Haapsalu_Metskond, lk 21
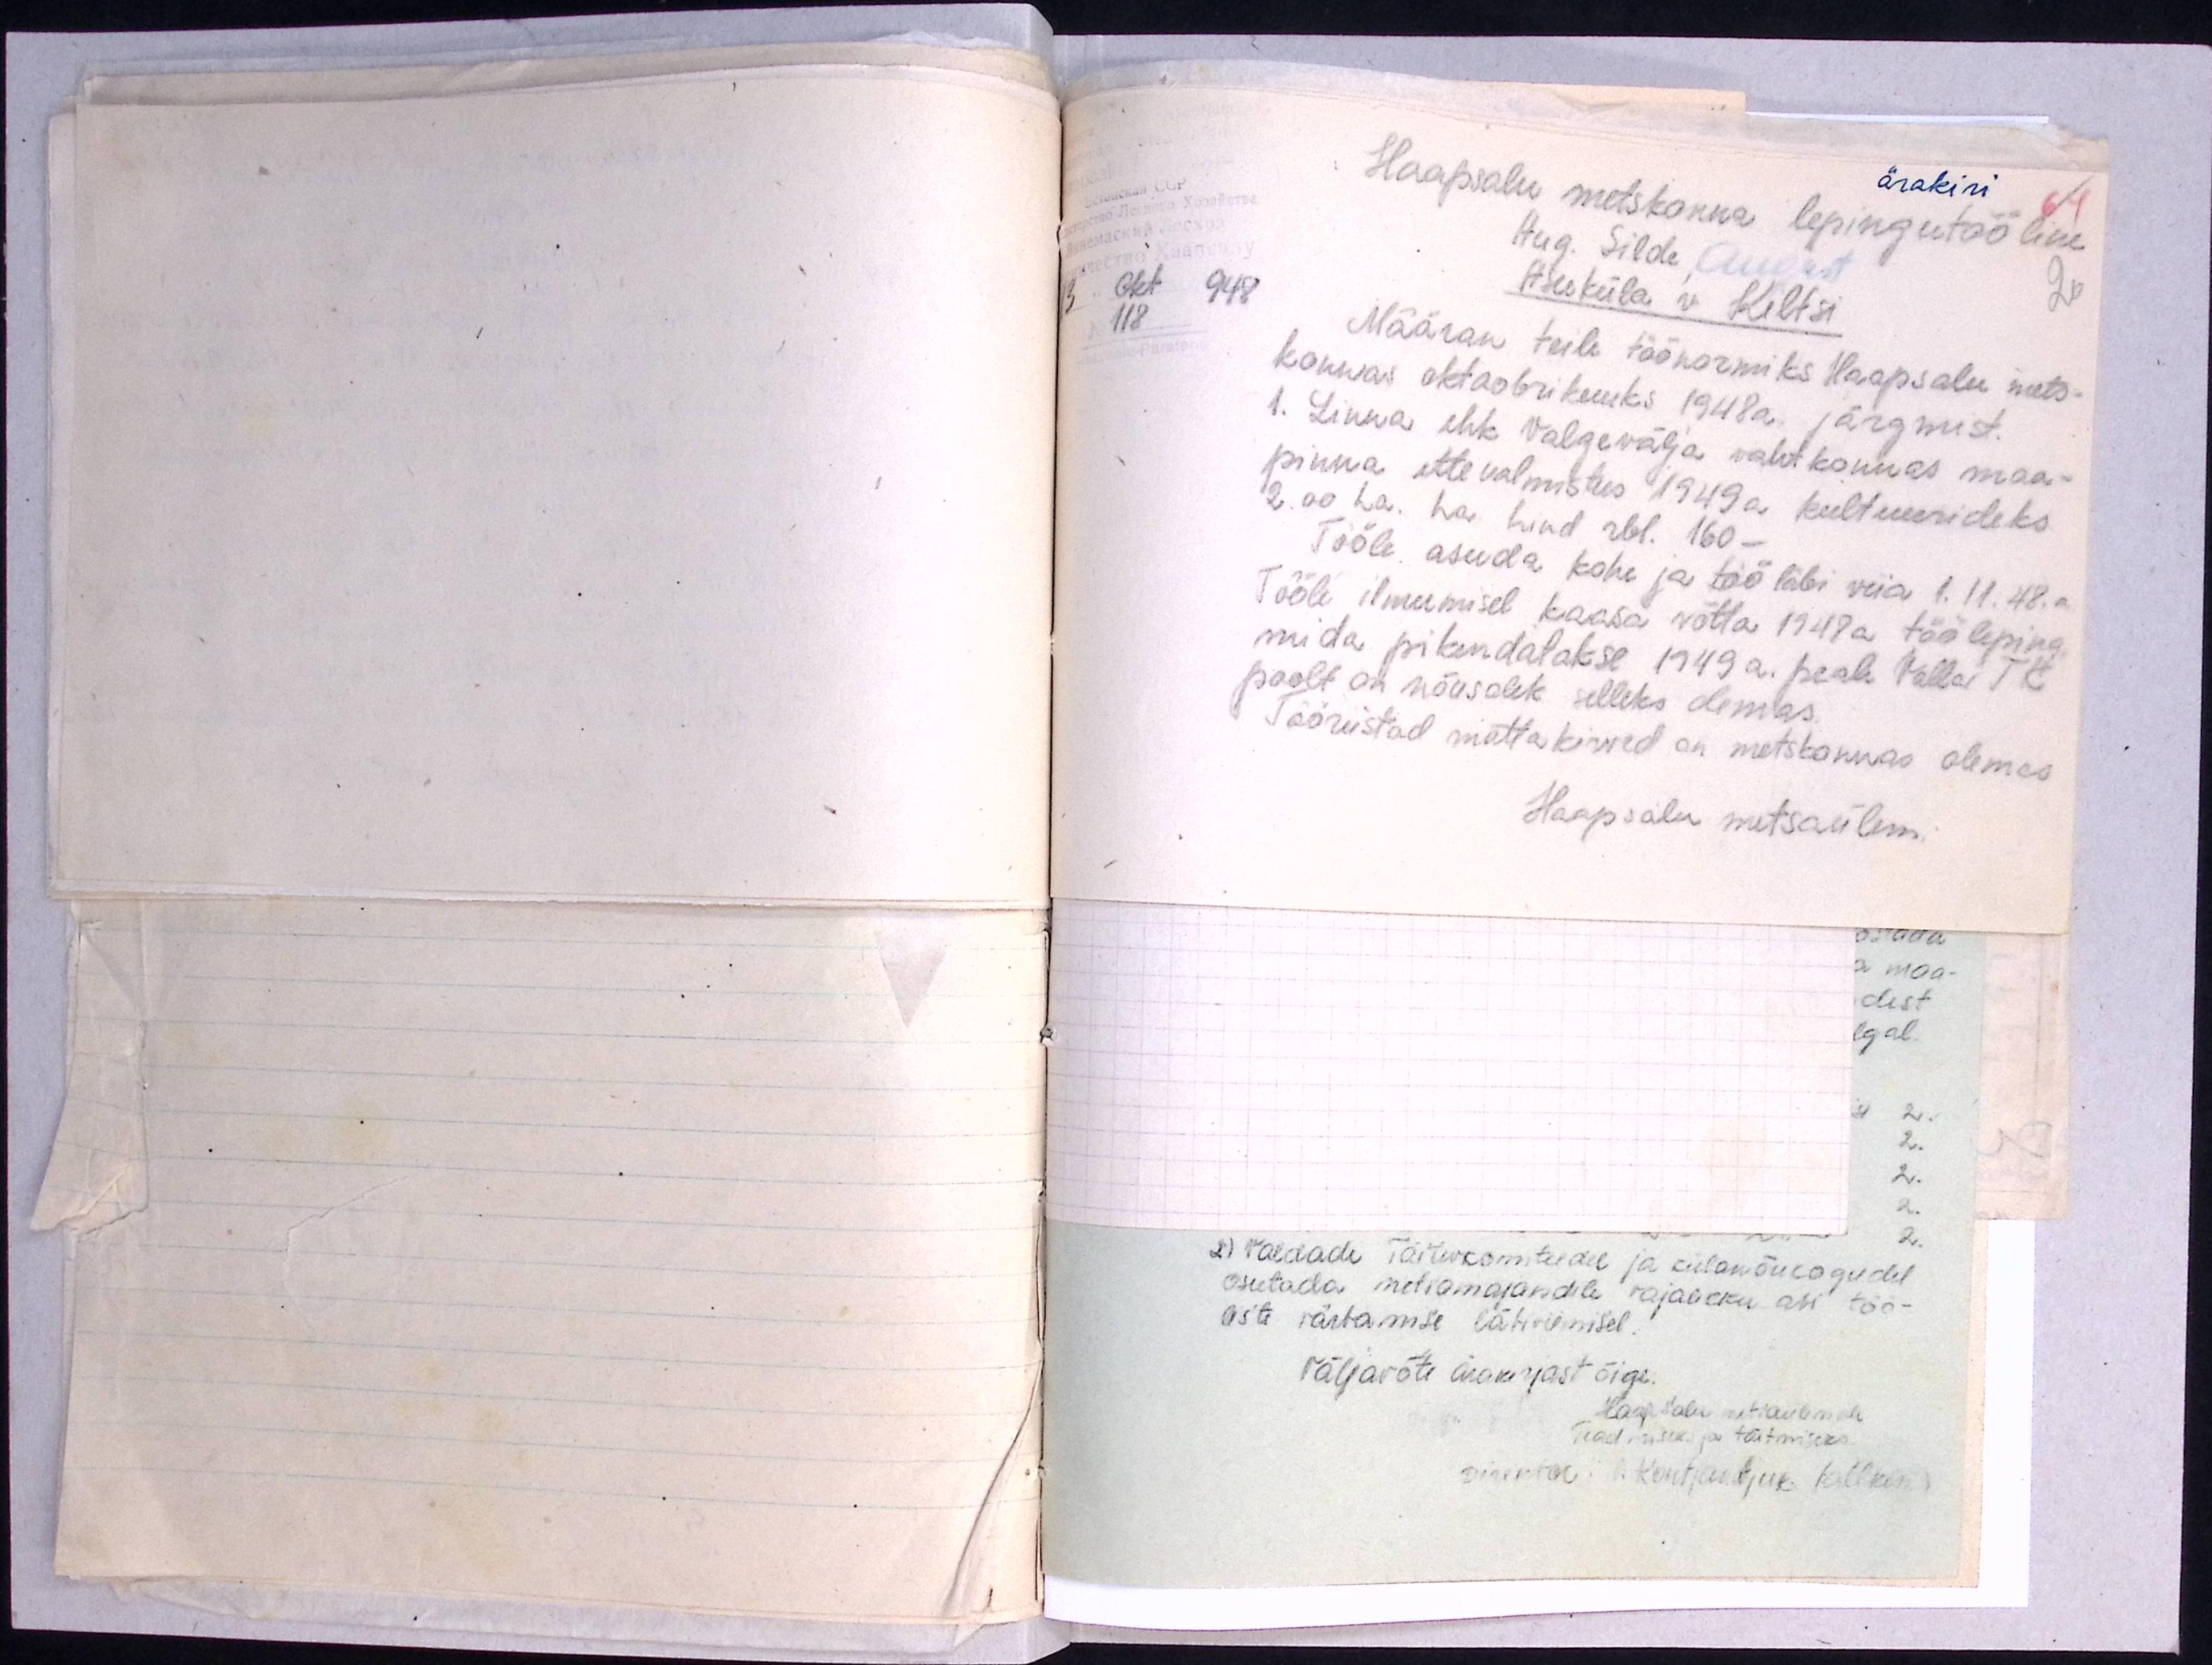
ärakiri
Haapsalu metskonna lepingutööline
64
Aug. Silde, August
20
13 okt 948
Asuküla v. Kiltsi
118
Määran teile töönormiks Haapsalu mets-
konnas oktoobrikuuks 1948a. järgmist.
1. Linna ehk Valgevälja vahtkonnas maa-
pinna ettevalmistus 1949a kultuurideks
2.00 ha. ha hind rbl. 160-
Tööle asuda kohe ja töö läbi viia 1.11. 48. a.
Tööle ilmumisel kaasa võtta 1948 a tööleping
mida pikendatakse 1949 a. peale Valla TK
poolt on nõusolek selleks olemas.
Tööriistad mättakirved on metskonnas olemas
Haapsalu metsaülem